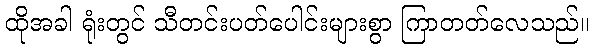
ထိုအခါ ရုံးတွင် သီတင်းပတ်ပေါင်းများစွာ ကြာတတ်လေသည်။